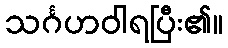
သင်္ဂဟဝါရပြီး၏။